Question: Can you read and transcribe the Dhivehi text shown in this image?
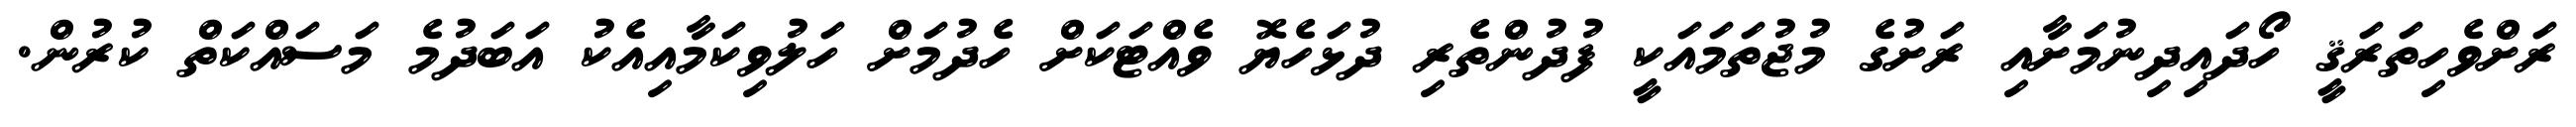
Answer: ރަށްވެހިތަރަޤީ ހޯދައިދިނުމަށާއި ރަށުގެ މުޖުތަމައަކީ ފުދުންތެރި ދުޅަހެޔޮ ވެއްޓަކަށް ހެދުމަށް ހަލުވިކަމާއިއެކު އަބަދުމެ މަސައްކަތް ކުރުން.